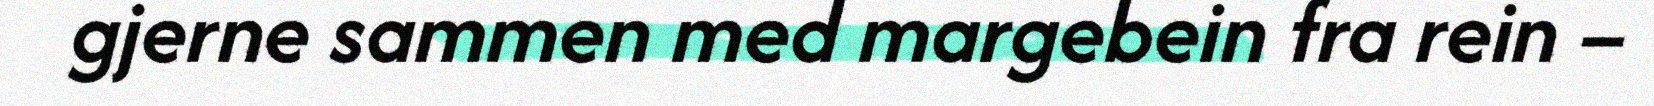
gjerne sammen med margebein fra rein –